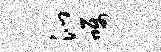
沁嘱